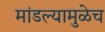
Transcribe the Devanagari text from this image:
मांडल्यामुळेच